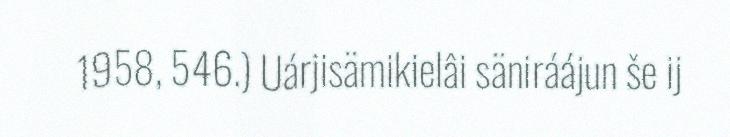
1958, 546.) Uárjisämikielâi säniráájun še ij